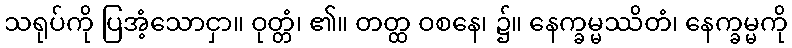
သရုပ်ကို ပြအံ့သောငှာ။ ဝုတ္တံ၊ ၏။ တတ္ထ ဝစနေ၊ ၌။ နေက္ခမ္မဿိတံ၊ နေက္ခမ္မကို